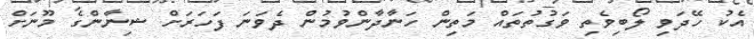
އެކު ހޭދަވި ލޯބިވެތި ވަގުތުތައް މަތިން ހަނާދާންވުމުން ދެވަނަ ފަހަރަށް ޝިނާންގެ މޫނަށް